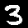
Label: 3